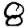
Digit: 8